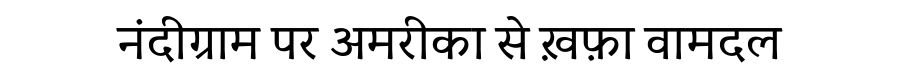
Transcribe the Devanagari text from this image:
नंदीग्राम पर अमरीका से ख़फ़ा वामदल